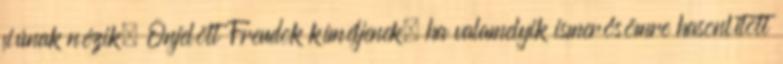
fiúnak nézik. Önjelölt Freudok kíméljenek, ha valamelyik ismerősömre hasonlított